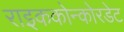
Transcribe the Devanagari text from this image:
राइककोन्कोरडेट